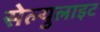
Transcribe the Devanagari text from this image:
सेल्युलाइट